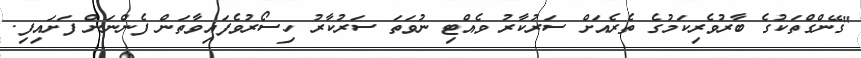
"ގޭންގްތަކުގެ ބާރުވެރިކަމުގެ ތެރެއަށް ސަރުކާރު ވެއްޓި ނުވަތަ ސަރުކާރު ހިސޯރުވެފައިވާތަން ފެންނަން ފަށައިފި.